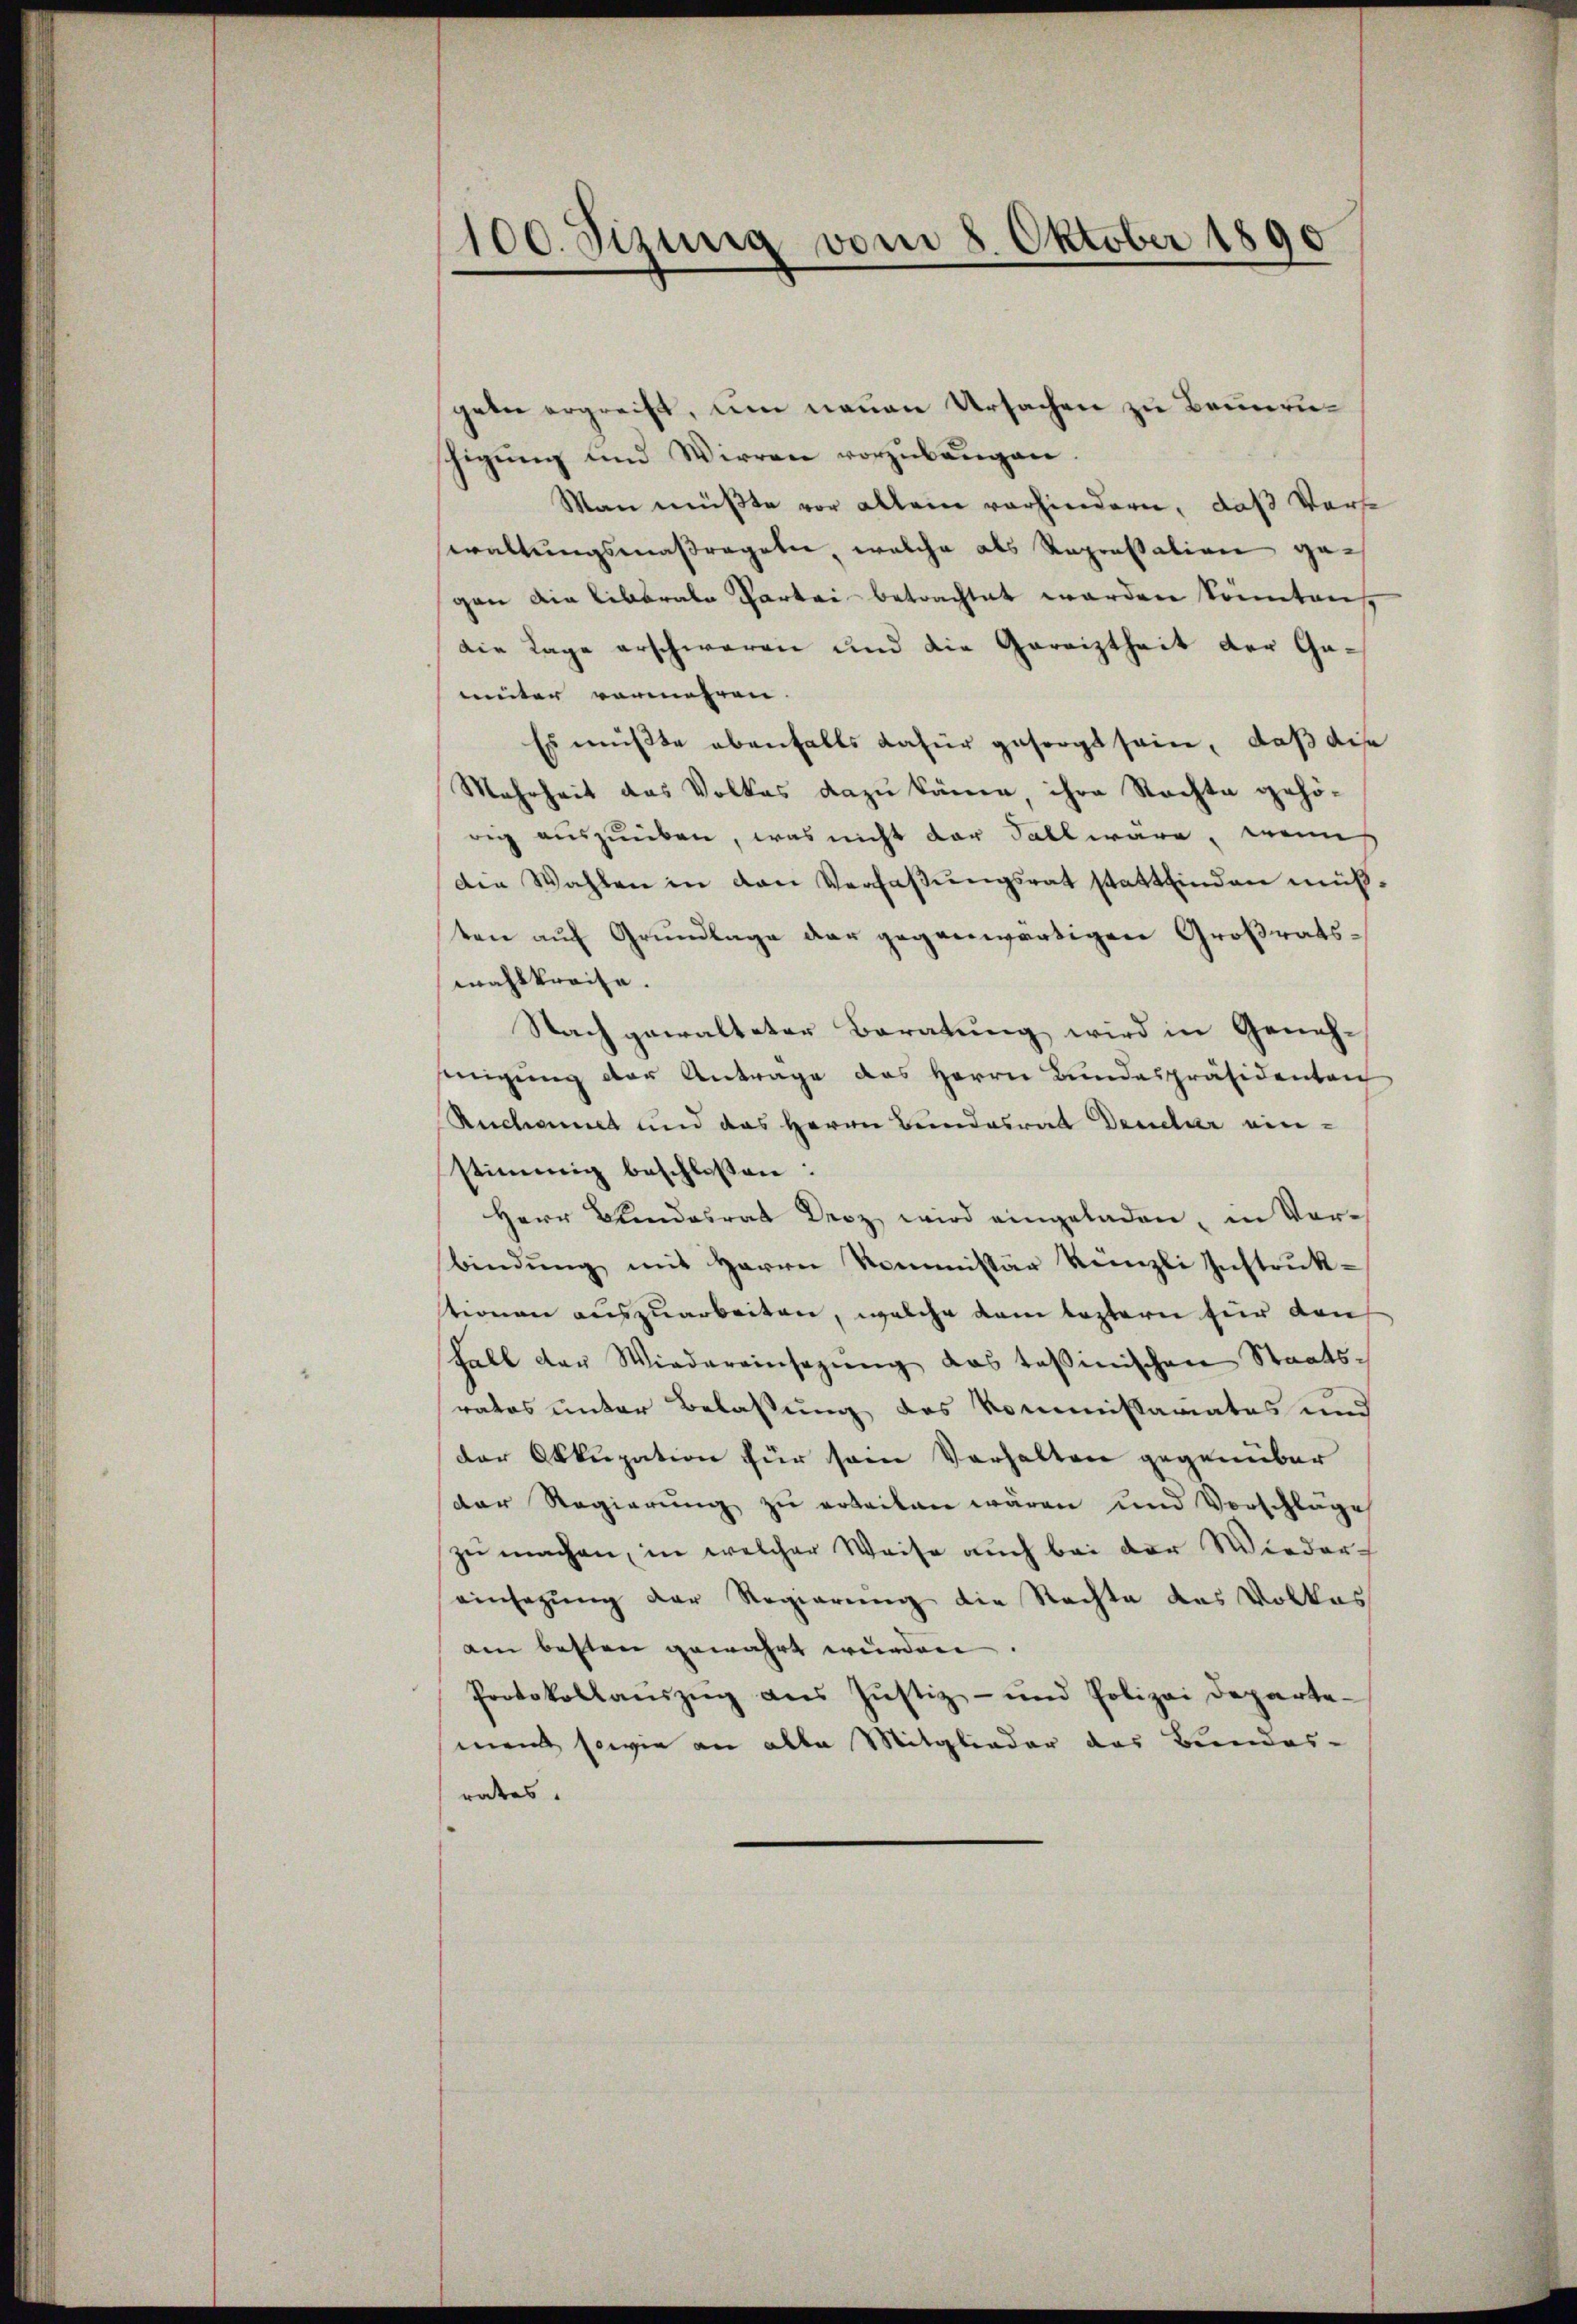
100. Sizung vom 8. Oktober 1890

geln ergreift, um neuen Ursachen zu Beunruhigŭng und Wirren vorzŭbangen.
Man müßte vor allein vorhindern, daß Vorse
waltungsmaßregeln, welche als Repressation gegen die Liberale Partei betrachtet werden könnten,
die Lage erschwaren und die Gereiztheit der Gaunter vermehren. |
Es müßte ebenfalls dafür gesorgt sein, daß die
Mehrheit das Volkes dazu können, ihre Rechte gehöweg auszuüben, was nicht der Fall wäre, wenn
den Wahlen in den Verfaßungsrat stattfinden müßten auf Grundlage der gegenwärtigen Großratswahlkreise.
Nach gewalteter Baratung wird in Genehinigung der Antrage des Herrn Bundespräsidenten
Ruchannet und das Herrn Bundesrat Deucar einstimmig beschlossen:
Herr Blendesrat Droz wird eingeladen, in Vorbindŭng mit Herrn Kommissär Künzli Instrŭk-
tionen auszuarbeiten, welche dem leztern für den
Fall der Wiedereinsagŭng das tessinischen Staats-
ratos unter Belassung des Kommissariates und
der Okkupation für sein Verhalten gegenüber
der Regierŭng zŭ erteilen wären und Vorschläge
zu machen, in welcher Weise auch bei der Wieder
einsagung der Regierung die Rechte des Volkas
am besten gewährt würden.
Protokollanszŭg ans Jŭstiz- und Polizei Departe-
ment sowie an alle Mitglieder das Bundes-
rates.